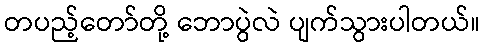
တပည့်တော်တို့ ဘောပွဲလဲ ပျက်သွားပါတယ်။